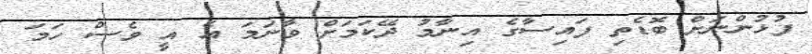
ފުޅުންނަށް ބޮޑެތި ފައިސާގެ އިނާމު ދޭކަމަށް ވާނަމަ އެ އީ ވެސް ހަމަ